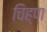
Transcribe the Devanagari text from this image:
चिह्ण